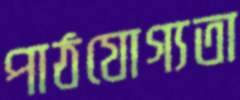
পাঠযোগ্যতা